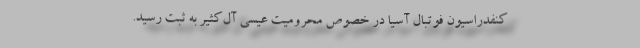
کنفدراسیون فوتبال آسیا در خصوص محرومیت عیسی آل‌کثیر به ثبت رسید.